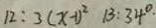
1 2 : 3 ( x - 1 ) ^ { 2 } 1 3 : 3 4 ^ { \circ } \cdot